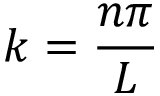
k = { \frac { n \pi } { L } }